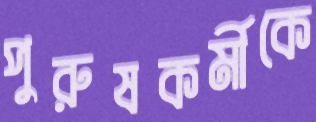
পুরুষকর্মীকে